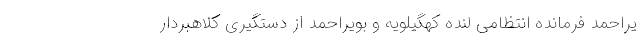
یراحمد فرمانده انتظامی لنده کهگیلویه و بویراحمد از دستگیری کلاهبردار